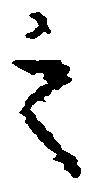
之